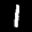
Label: 1